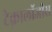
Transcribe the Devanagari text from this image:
टेक्नालॉजीस